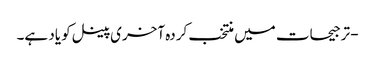
- ترجیحات میں منتخب کردہ آخری پینل کو یاد ہے۔